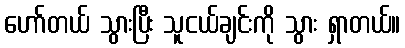
ဟော်တယ် သွားပြီး သူငယ်ချင်းကို သွား ရှာတယ်။